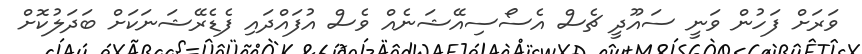
ވަރަށް ފަހުން ވަނީ ސައޫދީ ޗެސް އެސޯސިއޭޝަނެއް ވެސް އުފައްދައި ފެޑެރޭޝަނަކަށް ބަދަލުކޮށް